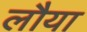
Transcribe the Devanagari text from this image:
लौया